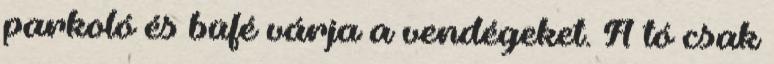
parkoló és büfé várja a vendégeket. A tó csak